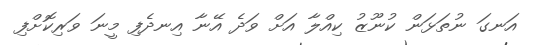
އަނގަ ނުތަޅަން ކުނޫޒު ކިއްލާ އަށް ވަދެ އޭނާ އިނދެފި މީނަ ވަރިކޮށްފި